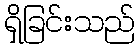
ရှိခြင်းသည်